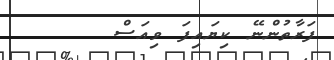
ފަރާތުންނޭ ކިޔައިފަ ވިއަސް